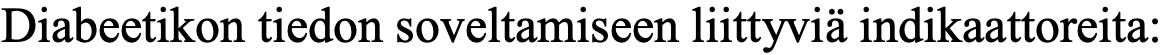
Diabeetikon tiedon soveltamiseen liittyviä indikaattoreita: